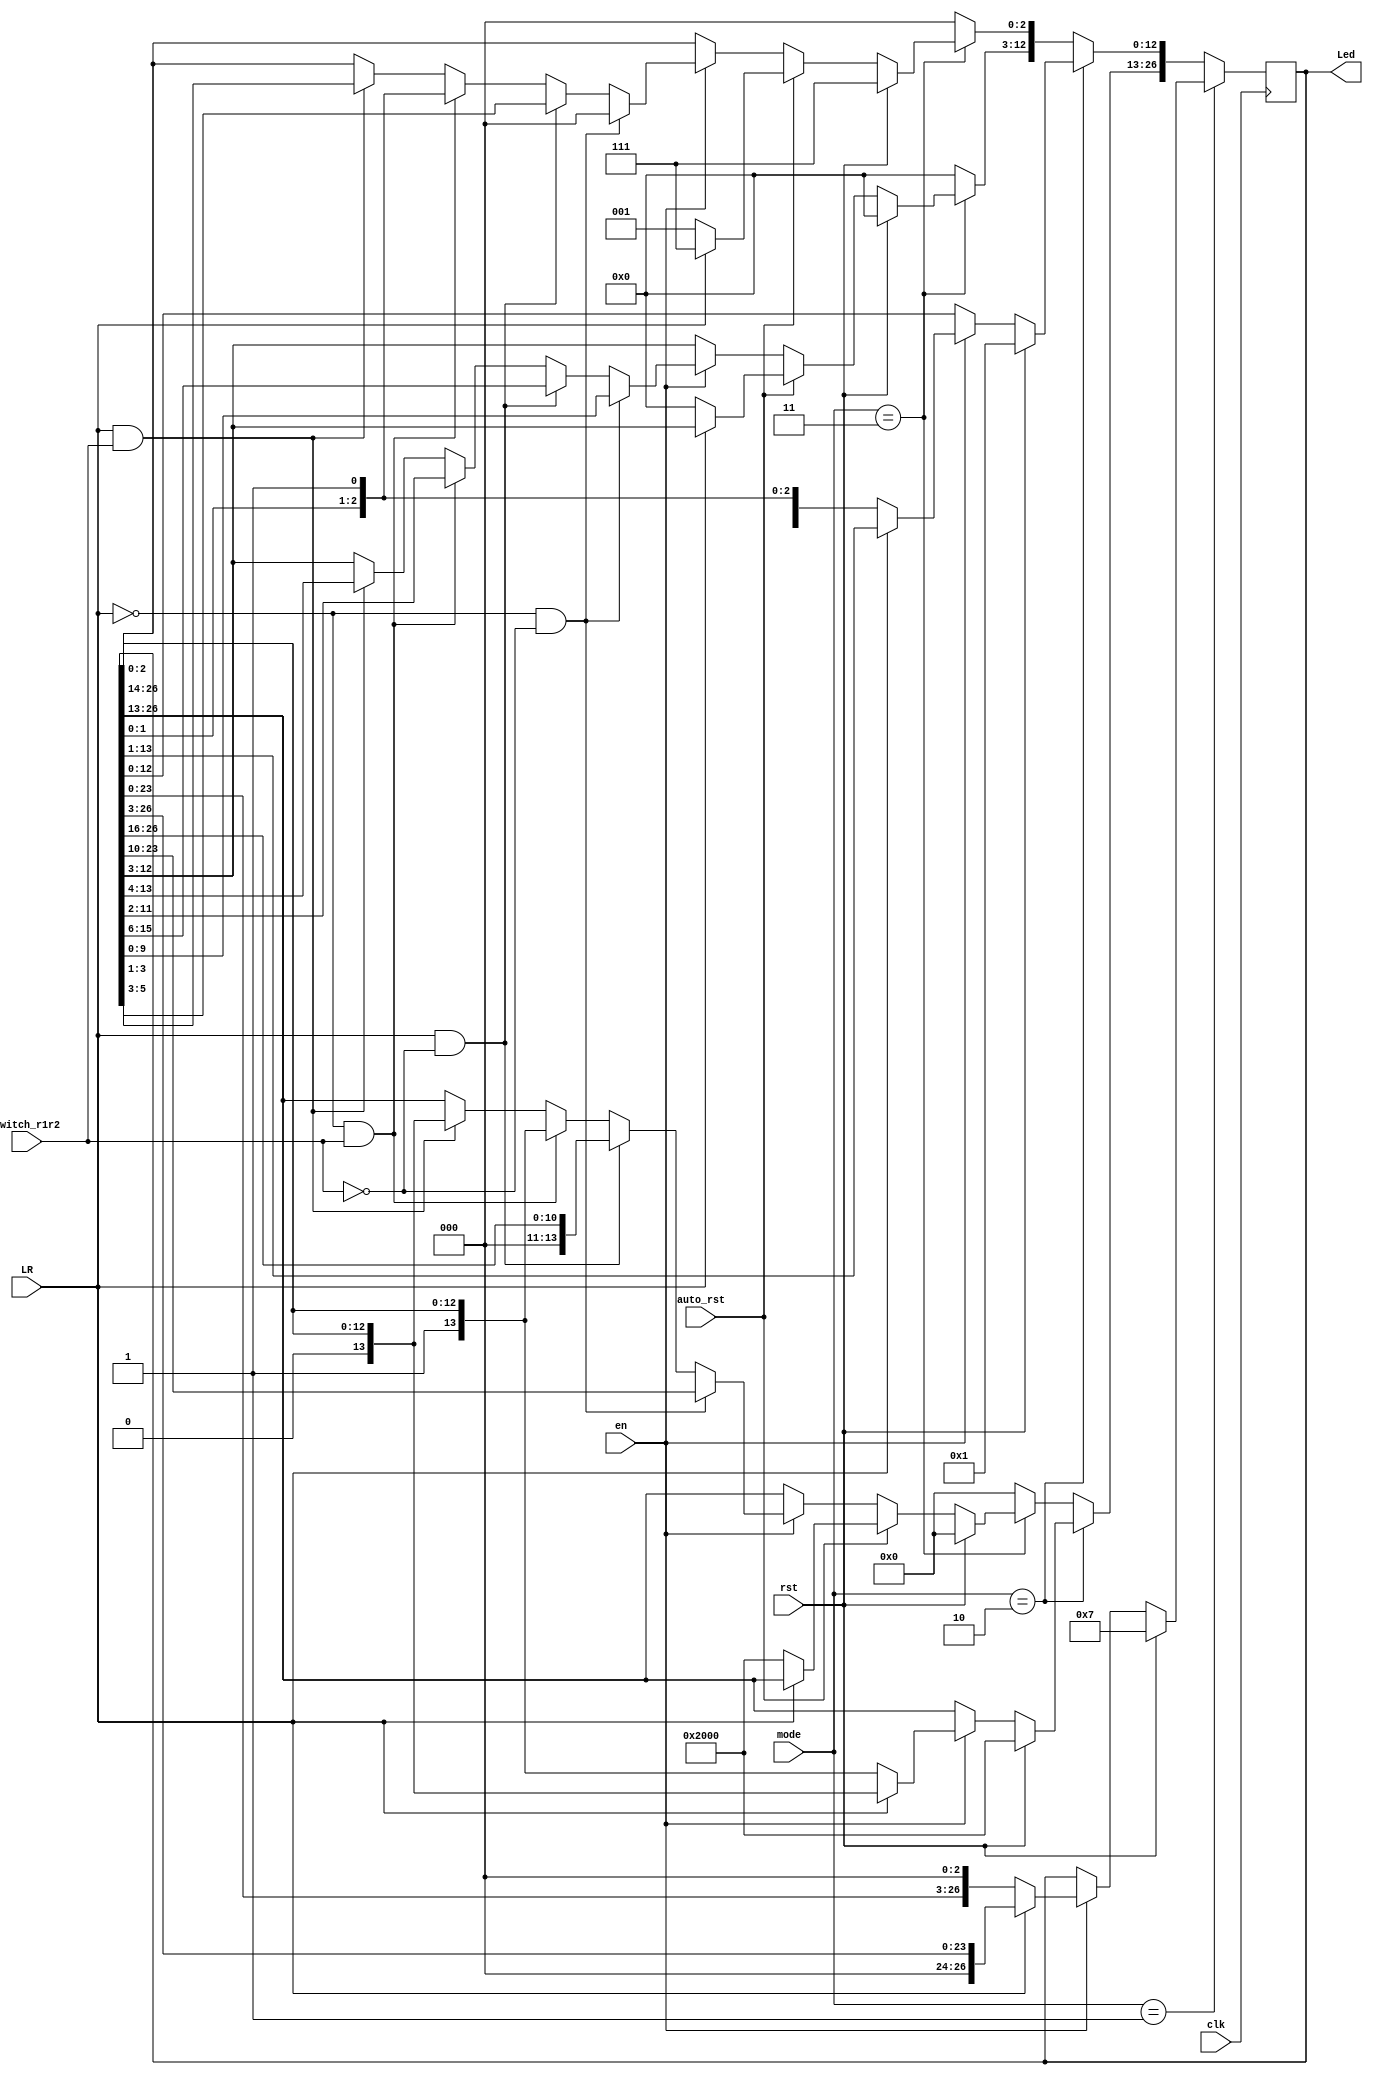
module Datapath_Unit(Led, mode, clk, en, rst, LR, switch_r1r2, auto_rst);

	input [1:0] mode;
	input	clk, en, rst, LR, switch_r1r2, auto_rst;
	output reg [26:0] Led; // LEDR and LEDG together
	
	always @(posedge clk) begin
	
	
		if (mode == 2'b01) begin // "REPEAT RULE 1"
			
			if (rst == 1)
				Led <= 27'h07;
				
			else if (en == 1) begin
			
				if (LR == 0)
					Led <= {Led[23:0], 3'b0}; // 3 LEDs run to the left
				else
					Led <= {3'b0, Led[26:3]}; // 3 LEDs run to the right
			
			end
			
		end
		
		
		else if (mode == 2'b10) begin // "REPEAT RULE 2"
			
			if (rst == 1)
				Led <= 27'b100000000000000000000000001;
				//Led[26] <= 1;
				//Led[0] <= 1;
			
			else if (en == 1) begin
			
				if (LR == 0) begin
					Led[12:0] <= {Led[11:0], 1'b1}; // turn on each LED from the right
					Led[26:13] <= {1'b1, Led[26:14]}; // turn on each LED from the left
				end
				
				else
					Led <= {1'b0, Led[26:1]}; // turn off LEDs from left to right		
			
			end
			
		end
		
		
		else if (mode == 2'b11) begin // "AUTOMATIC"
			
			if (rst == 1)
				Led <= 27'h07;
			
			else if (auto_rst == 1) begin
				if (LR == 0)
					Led <= 27'b100000000000000000000000001; 
				else if (LR == 1)
					Led[2:0] <= 3'b111;
			end
			
			else if (en == 1) begin
			
				if (LR == 0 && switch_r1r2 == 0)
					Led <= {Led[23:0], 3'b0}; // 3 LEDs run to the left
					
				else if (LR == 1 && switch_r1r2 == 0)
					Led <= {3'b0, Led[26:3]}; // 3 LEDs run to the right

				else if (LR == 0 && switch_r1r2 == 1) begin
					Led[12:0] <= {Led[11:0], 1'b1}; // turn on each LED from the right
					Led[26:13] <= {1'b1, Led[26:14]}; // turn on each LED from the left
				end
				
				else if (LR == 1 && switch_r1r2 == 1)
					Led <= {1'b0, Led[26:1]}; // turn off LEDs from left to right	
			
			end
		
		end
		
		
		else
			Led = 27'h0;
			
		
	end
	
endmodule